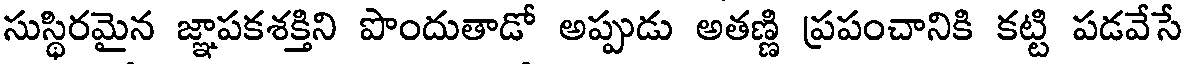
సుస్థిరమైన జ్ఞాపకశక్తిని పొందుతాడో అప్పుడు అతణ్ణి ప్రపంచానికి కట్టి పడవేసే